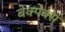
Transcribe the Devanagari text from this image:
बेक्पेक्स